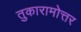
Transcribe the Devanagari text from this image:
तुकारामोत्तर